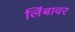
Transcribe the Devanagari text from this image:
लिंबावर